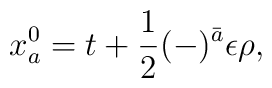
x_a^0 = t + \frac{1}{2}(-)^{\bar a} \epsilon\rho,